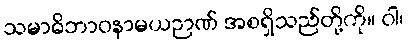
သမာဓိဘာဝနာမယဉာဏ် အစရှိသည်တို့ကို။ ဝါ၊